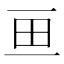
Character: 𱰥